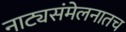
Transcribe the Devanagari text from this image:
नाट्यसंमेलनातच